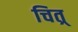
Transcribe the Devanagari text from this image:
चित्र्